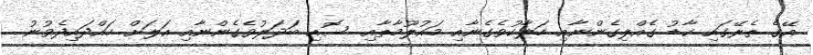
އޭގެ ތެރޭގައި ކާޑު ގެއްލިގެންނާއި ހަލާކުވެގެނާއި މައުލޫމާތާއި ސޮއި ބަދަލުވެގެންނާއި އަލަށް ހައްދައިދެވުނު